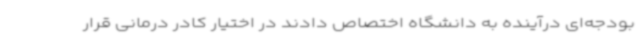
بودجه‌ای درآینده به دانشگاه اختصاص دادند در اختیار کادر درمانی قرار